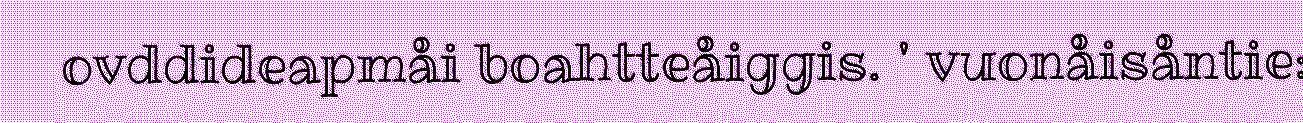
ovddideapmåi boahtteåiggis. ' vuonåisåntie: